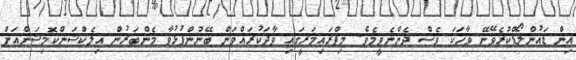
އިން ޑައުންލޯޑްކުރެވޭނޭ ވާހަކަ ވެސް ދެންނެވީމެވެ. މިޕްރައިމަރީގައި ވާދަކުރައްވަން ބޭނުންފުޅުވާ މެންބަރުން އިލެކްޝަންކޮމިޝަންއަށް